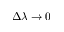
\Delta \lambda \rightarrow 0